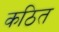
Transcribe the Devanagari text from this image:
कठित